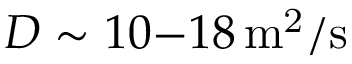
D \sim 1 0 { - } 1 8 \, \mathrm { m ^ { 2 } / s }